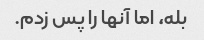
بله، اما آنها را پس زدم.